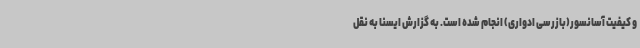
و کیفیت آسانسور(بازرسی ادواری) انجام شده است. به گزارش ایسنا به نقل